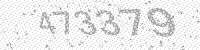
Solution: 473379